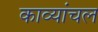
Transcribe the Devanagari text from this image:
काव्यांचल